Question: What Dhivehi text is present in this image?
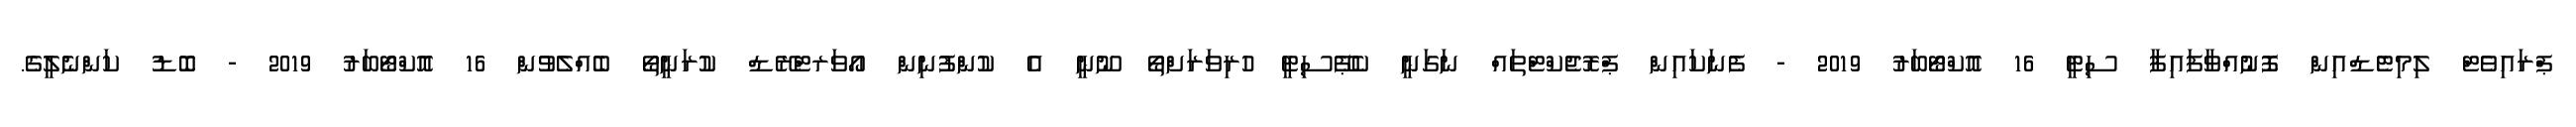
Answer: ޕްރައިވެޓް ލިމިޓެޑްއިން ފޮނުއްވާފައިފާ ސިޓީ 16 އޮކްޓޯބަރު 2019 - ފެނަކައިން ޕްރޮޖެކްޓްތައް ނަގަނީ ކެޕޭސިޓީ ހުރިވަރަށްތޯ ނޫނީ އެ ކުންފުނިން އޯވަރޓްރޭޑް ކުރަނީތޯ ބެއްލެވުން 16 އޮކްޓޯބަރު 2019 - ބޮޑު ކަންނެލީގެ.